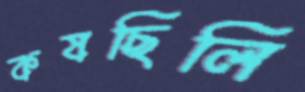
কষছিলি